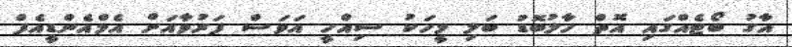
އާގު ބޯޓެއްގައި އޮތް ހާލުބޮޑު ބަލި މީހަކު ސިއްހީ އަވަސް ފަރުވާއަށް އެމްއެންޑީއެފް